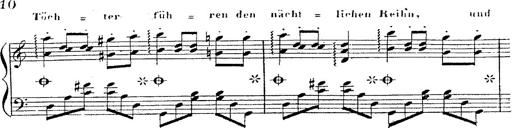
Title: 12 Lieder von Franz Schubert
Composer: Franz Liszt